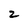
Character: 2